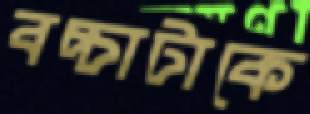
বচ্চাটাকে